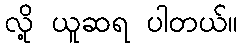
လို့ ယူဆရ ပါတယ်။